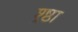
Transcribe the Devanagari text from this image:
श्र्ष्ठा